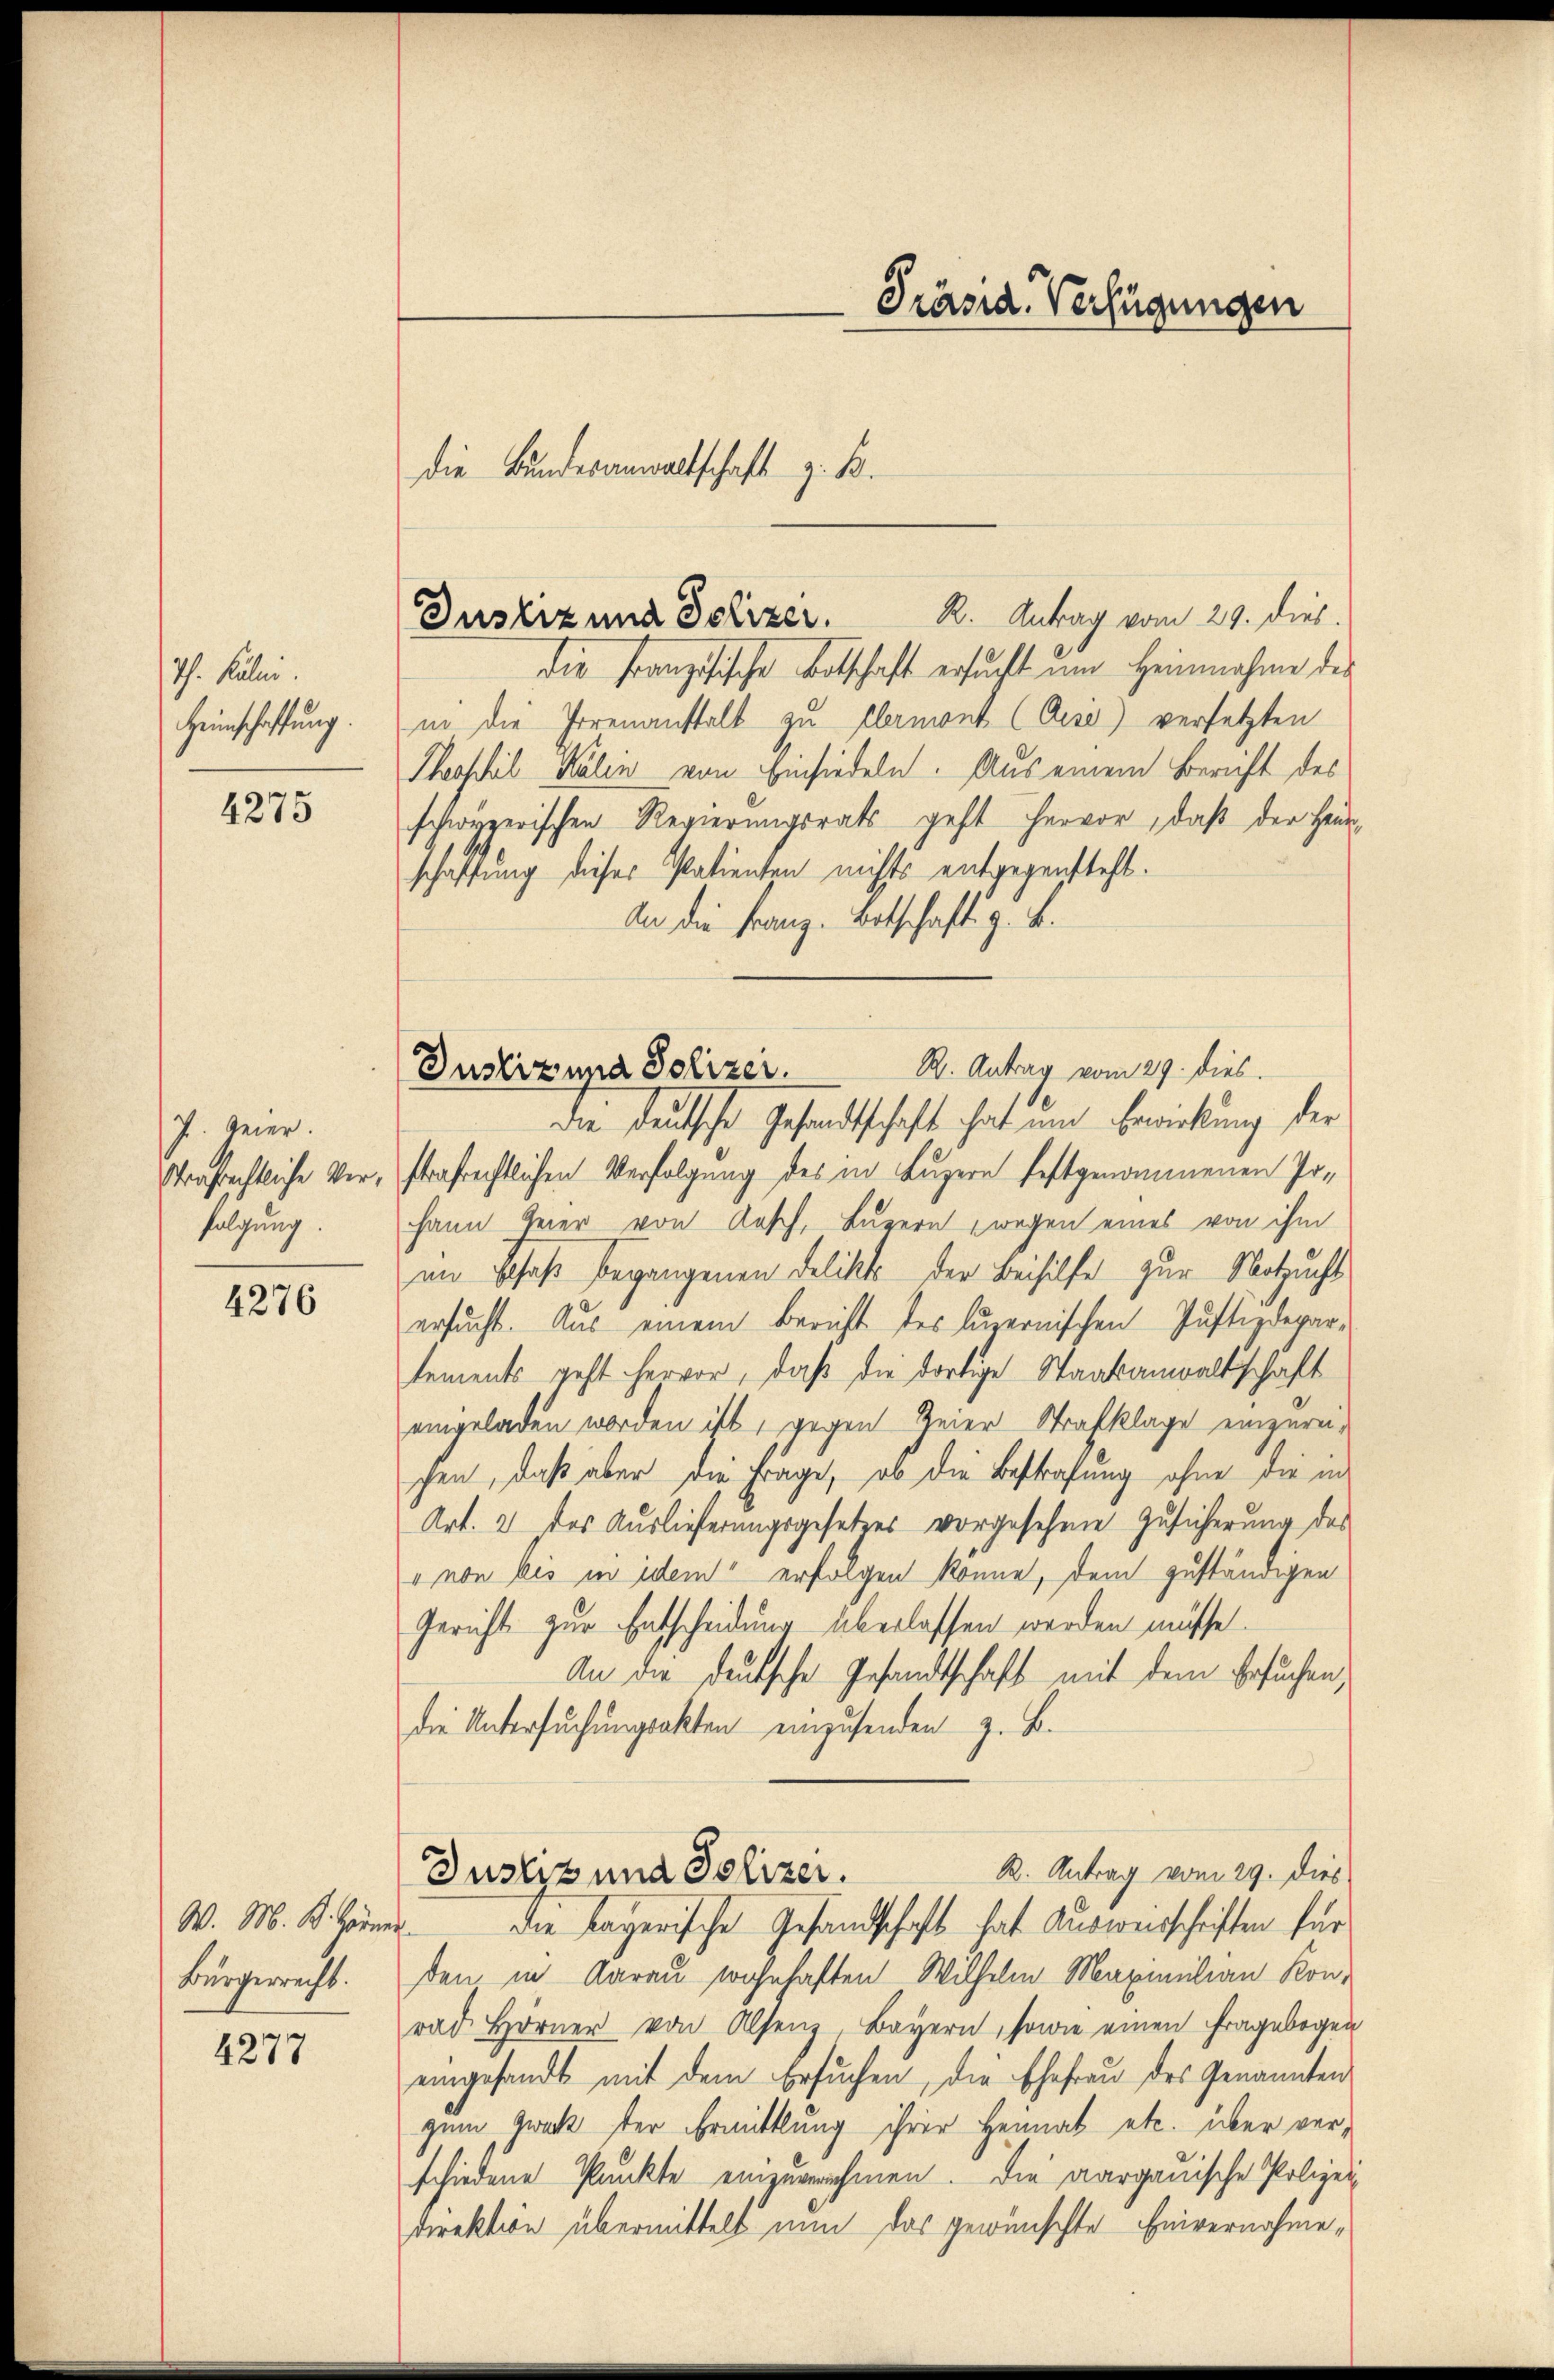
Ih. Juli.
Heimschaffung.

4275

. Heinr.
strafrechtliche Verfolgung.

4276

W. M. K. Hörner
Bürgerrecht.

4277

Präsid. Verfügungen

die Bundesanwaltschaft z. B.
Justiz und Polizer. K. Antrag vom 29. dies.

die französische Botschaft ersucht um Heinnahme des
in die Irrenanstalt zu Clamont (Gisi) versetzten
Thohhil Kalin von Einsiedeln. Aus einem Bericht des
schwyzerischen Regierungsrats geht hervor, daß der Heimschaffung dieses Patienten nichts entgegensteht.
An die Franz-Betschaft z. B.
R. Antrag vom 29. dies.
die teutsche Gesandtschaft hat und Bewirkung der
strafrechtlichen Verfolgung des in Luzern festgenommenen Irhann feier von Aesch, Luzern wegen eines von ihm
in Schaft begangenen Delikts der Beihilfe zur Notzucht
ersucht. Aus einem Bericht des luzernischen Justizdepar-
tements geht hervor, daß die dortige Staatsanwaltschaft
eingeladen worden ist, gegen Zeier Strafklage einzureihen, daß aber die Frage, ob die Bestrafung ohne die in
Art. 2 des Auslieferungsgesetzes vorgesehene Zusicherung des
" von bis in idem erfolgen könne, dem zuständigen
Gericht zur Entscheidung überlassen werden müsse.
An die deutsche Gesandtschaft mit dem Ersuchen,
die Untersuchungsakten einzusenden z. B.
R. Antrag vom 29. Dies
Justiz und Polizer.
die Lagerische Gesandschaft hat Ausweisschriften für
den in Aarau sogehaften Wilhelm Maximilian Konrad Hörner von Alsenz, Bayern, sowie einen Fragebogen
eingesandt mit dem Ersuchen, die Ehefrau des Genannten
zum Zweck der Ermittlung ihrer Heimat etc. über verschiedene Punkte einzuvernehmen. Die aargauische Polizei-
Direktion übermittelt nun das gewünschte Einvernahme¬

Justiz und Polizei.